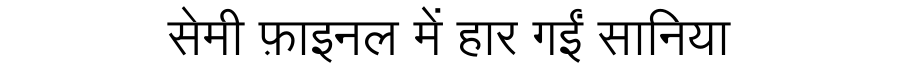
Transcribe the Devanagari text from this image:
सेमी फ़ाइनल में हार गईं सानिया